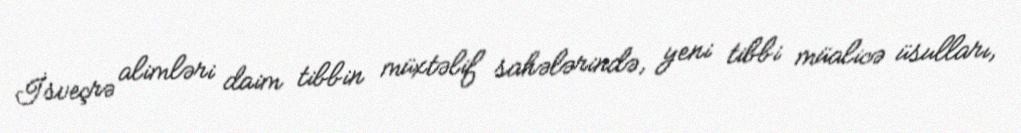
İsveçrə alimləri daim tibbin müxtəlif sahələrində, yeni tibbi müalicə üsulları,